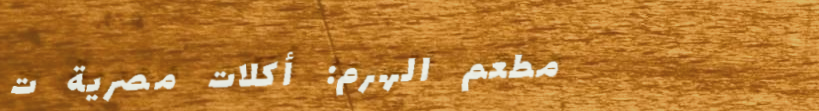
مطعم الهرم: أكلات مصرية ت